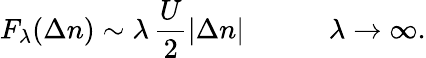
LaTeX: F_{\lambda}(\Delta n)\sim\lambda\, \frac{U}{2}|\Delta n|\quad\quad\quad\lambda\to\infty.